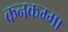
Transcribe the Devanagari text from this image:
कनकम्मा